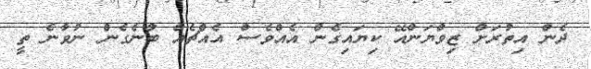
ދެން އިތުރަށް ޒިވްޔަންއޭ ކިޔައިގެން އެއްވެސް އެއްޗެއް ބުނެގެން ނުވާނެ ތީ